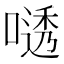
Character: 𫫟